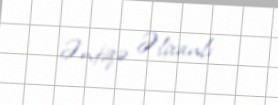
Əntiqə Əlixanlı